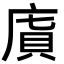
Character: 𢉯